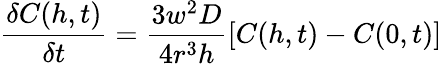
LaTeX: \frac{\delta C(h,t)}{\delta t}=\frac{3w^{2}D}{4r^{3}h}\left[C(h,t)-C(0,t)\right]